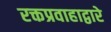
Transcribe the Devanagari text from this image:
रक्तप्रवाहाद्वारे